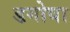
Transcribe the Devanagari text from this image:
डगोवा